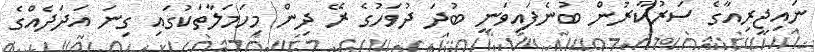
ނައިޖީރިއާގެ ސަރުކާރުން ބުނެފައިވަނީ ބުދަ ދުވަހުގެ ރޭ ދިން މިހަމަލާތަކުގައި ގިނަ އަދަދެއްގެ